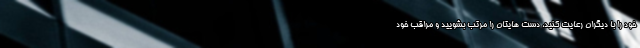
خود را با دیگران رعایت کنید، دست هایتان را مرتب بشویید و مراقب خود